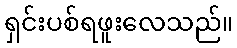
ရှင်းပစ်ရဖူးလေသည်။